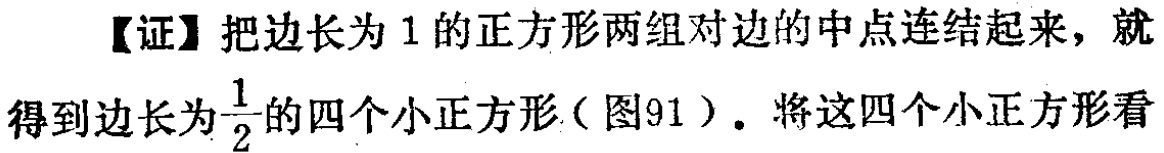
【证】把边长为 1 的正方形两组对边的中点连结起来，就得到边长为$\frac{1}{2}$的四个小正方形（图91）. 将这四个小正方形看